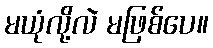
မယုံလို့လဲ မဖြစ်ပေ။